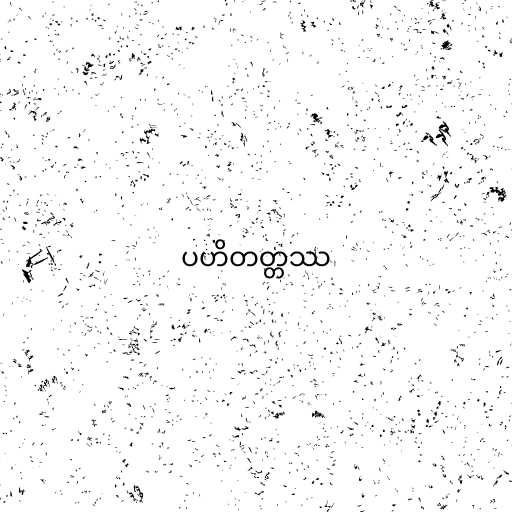
ပဟိတတ္တဿ